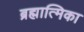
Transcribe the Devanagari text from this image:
ब्रह्मात्मिका